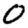
Digit: 0